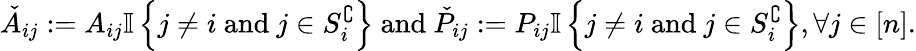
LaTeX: \begin{array}{r}{\check{A}_{ij}:=A_{ij}{\mathbb{I}\left\{ {j\neq i\mathrm{~and~}j\in S_{i}^{\complement}}\right\} }\mathrm{~and~}\check{P}_{ij}:=P_{ij}{\mathbb{I}\left\{ {j\neq i\mathrm{~and~}j\in S_{i}^{\complement}}\right\} },\forall j\in[n].}\end{array}